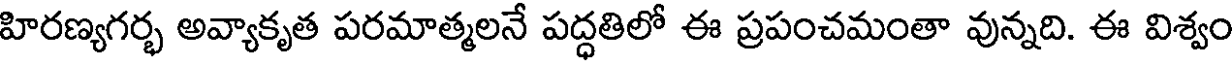
హిరణ్యగర్భ అవ్యాకృత పరమాత్మలనే పద్ధతిలో ఈ ప్రపంచమంతా వున్నది. ఈ విశ్వం